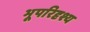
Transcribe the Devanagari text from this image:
भूपरिदृश्य